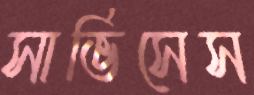
সার্ভিসেস